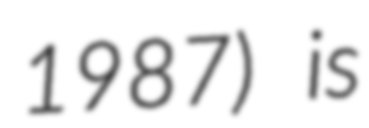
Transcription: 1987) is